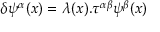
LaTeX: \delta \psi ^ { \alpha } ( x ) = \lambda ( x ) . \tau ^ { \alpha \beta } \psi ^ { \beta } ( x )